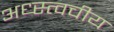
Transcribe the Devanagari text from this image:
अध्स्त्वचीय